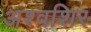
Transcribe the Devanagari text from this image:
अश्वशिर